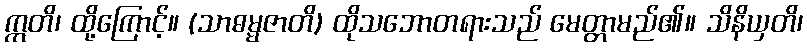
ဣတိ၊ ထို့ကြောင့်။ (သာဓမ္မဇာတိ) ထိုသဘောတရားသည် မေတ္တာမည်၏။ သိနိယှတိ၊